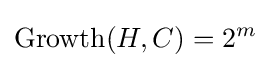
\operatorname {Growth} (H,C)=2^{m}